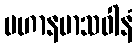
ပဟာနမာသဝါနံ